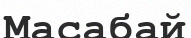
Масабай